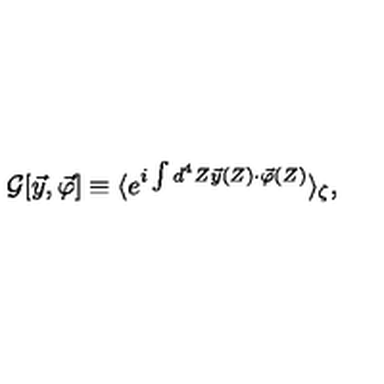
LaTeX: { \cal G } [ \vec { y } , \vec { \varphi } ] \equiv \langle e ^ { i \int d ^ { 4 } Z \vec { y } ( Z ) \cdot \vec { \varphi } ( Z ) } \rangle _ { \zeta } ,